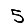
Digit: 5